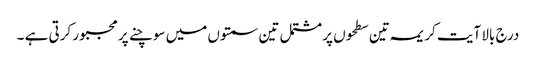
درج بالا آیت کریمہ تین سطحوں پر مشتمل تین سمتوں میں سوچنے پر مجبور کرتی ہے ۔